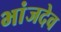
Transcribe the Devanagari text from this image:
भांजदेव